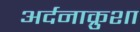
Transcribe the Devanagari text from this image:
अर्दनाक्रुशा